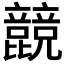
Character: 𣬙